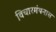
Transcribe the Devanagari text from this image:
विचारमंथनास